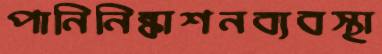
পানিনিষ্কাশনব্যবস্থা